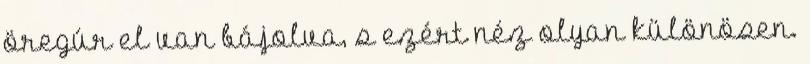
öregúr el van bájolva, s ezért néz olyan különösen.